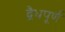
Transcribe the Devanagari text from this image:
द्वैधपूर्ण